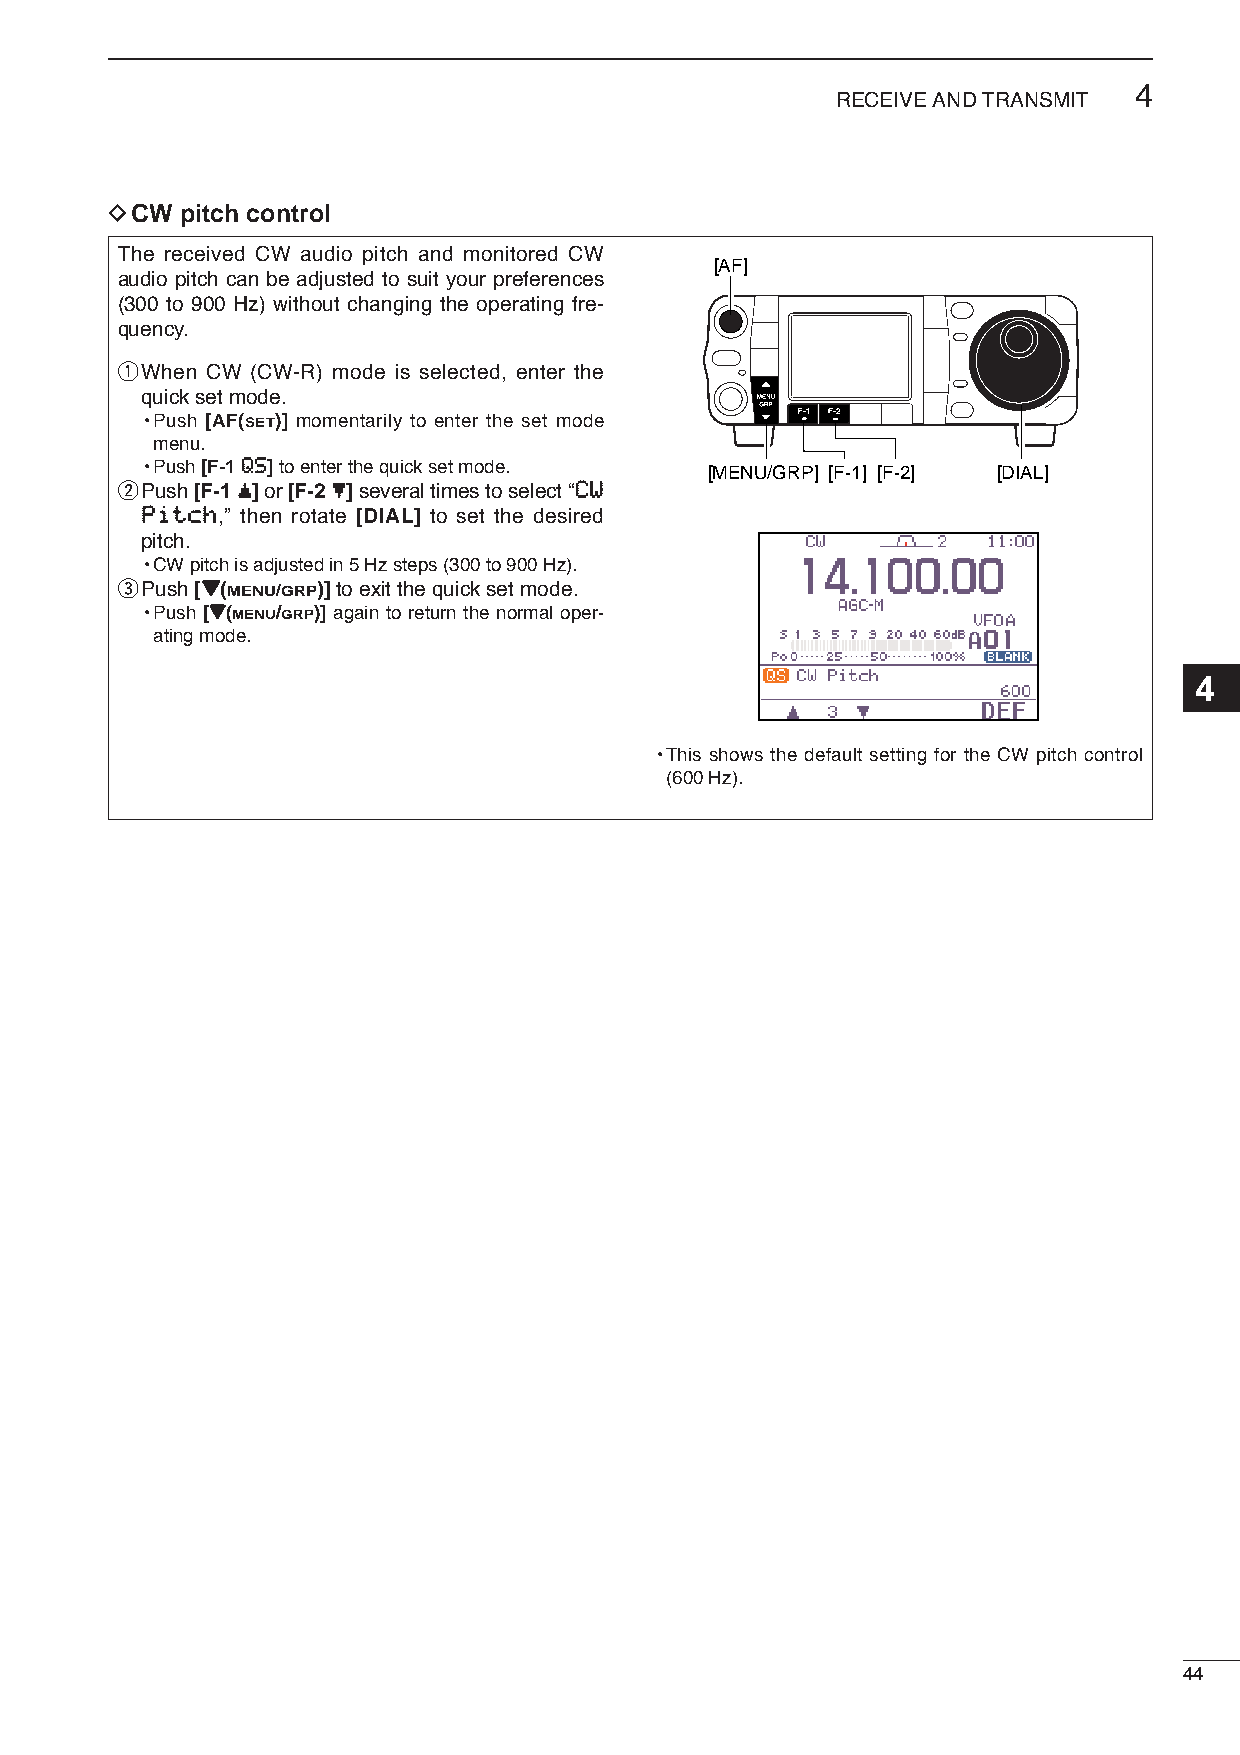
4
 RECEIVE AND TRANSMIT
 DCW  pitch control
 The received CW audio pitch and monitored CW
 [AF]
 audio pitch can be adjusted to suit your preferences
 (300 to 900 Hz) without changing the operating fre-
 quency.
 qWhen CW (CW-R) mode is selected, enter the
 quick set mode.
 •Push [AF(SET)] momentarily to enter the set mode
 menu.
 •Push [F-1 QQSS]to enter the quick set mode. [MENU/GRP] [F-1] [F-2] [DIAL]
 wPush [F-1 ≤≤]or [F-2 ≥≥]several times to select “CCWW
 PPiittcchh,” then rotate [DIAL] to set the desired
 pitch.
 •CW pitch is adjusted in 5 Hz steps (300 to 900 Hz).
 ePush [ZZ(MENU/GRP)]to exit the quick set mode.
 •Push [ZZ(MENU/GRP)] again to return the normal oper-
 ating mode.
 4
 •This shows the default setting for the CW pitch control
 (600 Hz).
 44